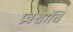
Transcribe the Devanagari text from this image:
प्रवशांचि